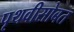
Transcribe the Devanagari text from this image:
पृथवीसोबत